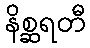
နိစ္ဆရတီ